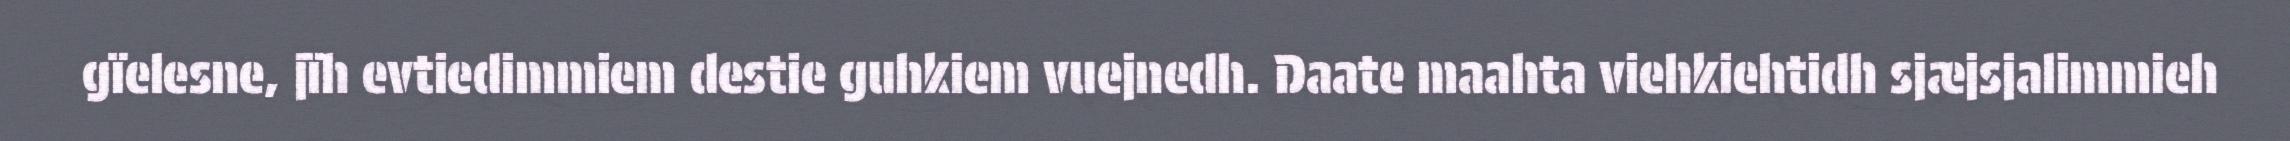
gïelesne, jïh evtiedimmiem destie guhkiem vuejnedh. Daate maahta viehkiehtidh sjæjsjalimmieh